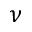
\nu